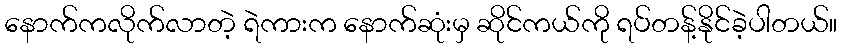
နောက်ကလိုက်လာတဲ့ ရဲကားက နောက်ဆုံးမှ ဆိုင်ကယ်ကို ရပ်တန့်နိုင်ခဲ့ပါတယ်။